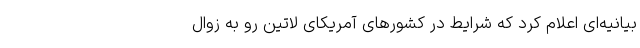
بیانیه‌‌ای اعلام کرد که شرایط در کشورهای آمریکای لاتین رو به زوال